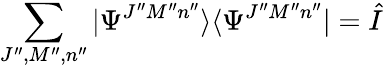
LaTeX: \sum_{J^{\prime\prime},M^{\prime\prime},n^{\prime\prime}}\vert\Psi^{J^{\prime\prime}M^{\prime\prime}n^{\prime\prime}}\rangle\langle\Psi^{J^{\prime\prime}M^{\prime\prime}n^{\prime\prime}}\vert=\hat{I}